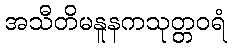
အသီတိမနူနကသုတ္တဝရံ